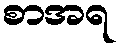
စာအရ